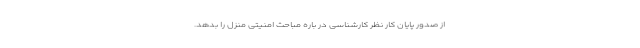
از صدور پایان کار نظر کارشناسی در باره مباحث امنیتی منزل را بدهد.